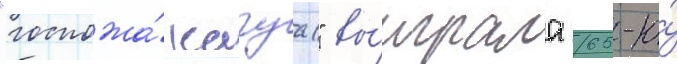
"госпожа́ кагуа" вы́играла 65-ю́